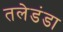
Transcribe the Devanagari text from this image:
तलेडंडा